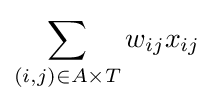
\sum _{(i,j)\in A\times T}w_{ij}x_{ij}